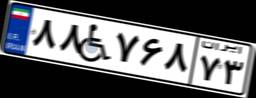
۸۸W۷۶۸۷۳